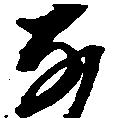
な